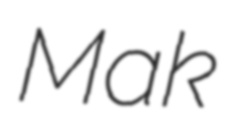
Mak